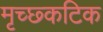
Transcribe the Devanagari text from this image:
मृच्छ्कटिक